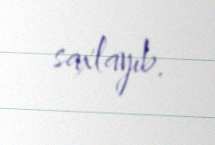
saxlayıb.